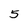
Character: 5